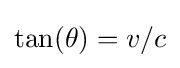
\tan(\theta )=v/c